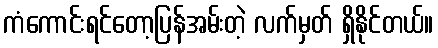
ကံကောင်းရင်တော့ပြန်အမ်းတဲ့ လက်မှတ် ရှိနိုင်တယ်။